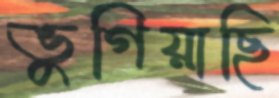
ভুগিয়াছি